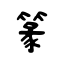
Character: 篆